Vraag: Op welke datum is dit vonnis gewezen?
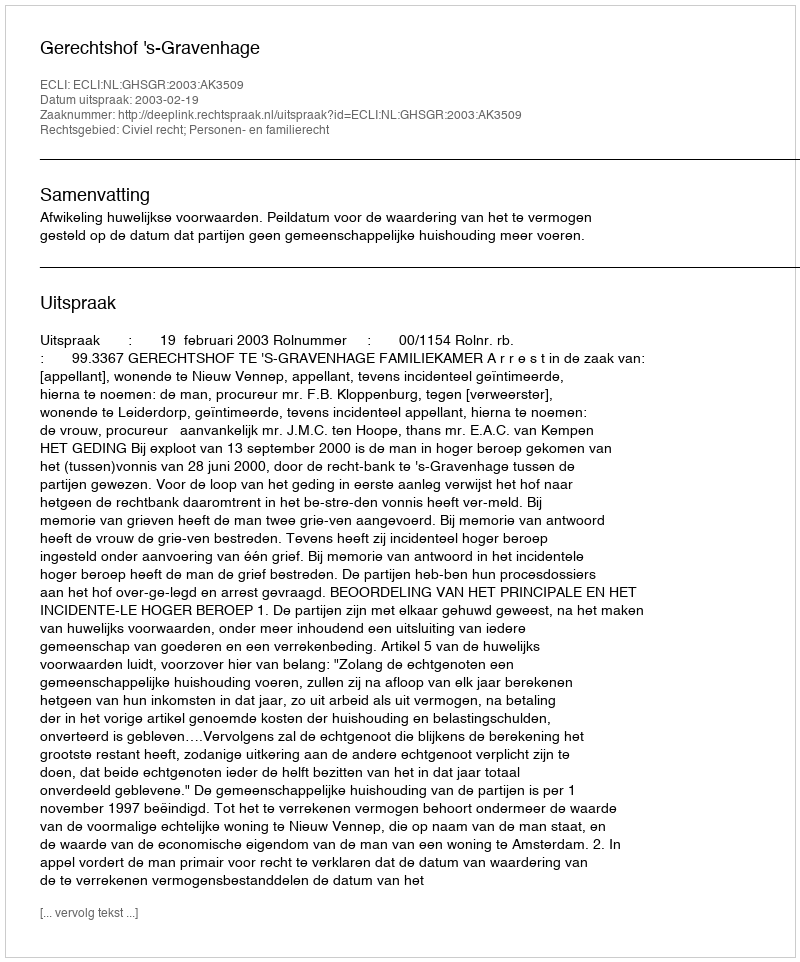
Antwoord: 2003-02-19